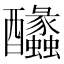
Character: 䤙